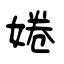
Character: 婘